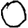
Digit: 0